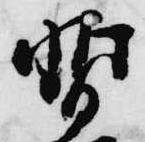
暫